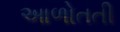
આળોતતી